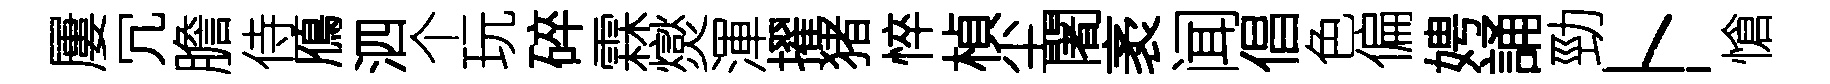
屢冗膽侍鴈泗个玩碎霖爕渾擢猪悴楨尘闍袤闻倡色偏娉誦勁卜愴